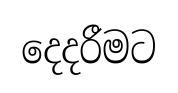
දෙදරීමට